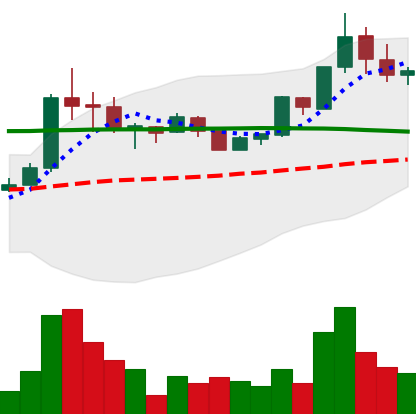
Ticker: BTC-USD
Chart end date: 2015-07-03
Forward return: 5.637%
Label: up_5_7